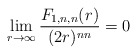
\begin{align*} \lim\limits_{r \to \infty} \dfrac{F_{1,n,n}(r)}{(2r)^{nn}} = 0\end{align*}